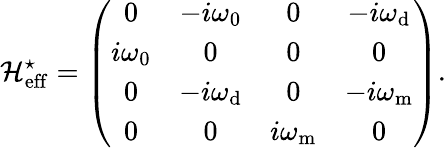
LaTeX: \mathcal{H}_{\mathrm{{eff}}}^{\star}=\left(\begin{array}{cccc}{0}&{-i\omega_{\mathrm{0}}}&{0}&{-i\omega_{\mathrm{d}}}\\ {i\omega_{\mathrm{0}}}&{0}&{0}&{0}\\ {0}&{-i\omega_{\mathrm{d}}}&{0}&{-i{\omega}_{\mathrm{m}}}\\ {0}&{0}&{i{\omega}_{\mathrm{m}}}&{0}\end{array}\right).